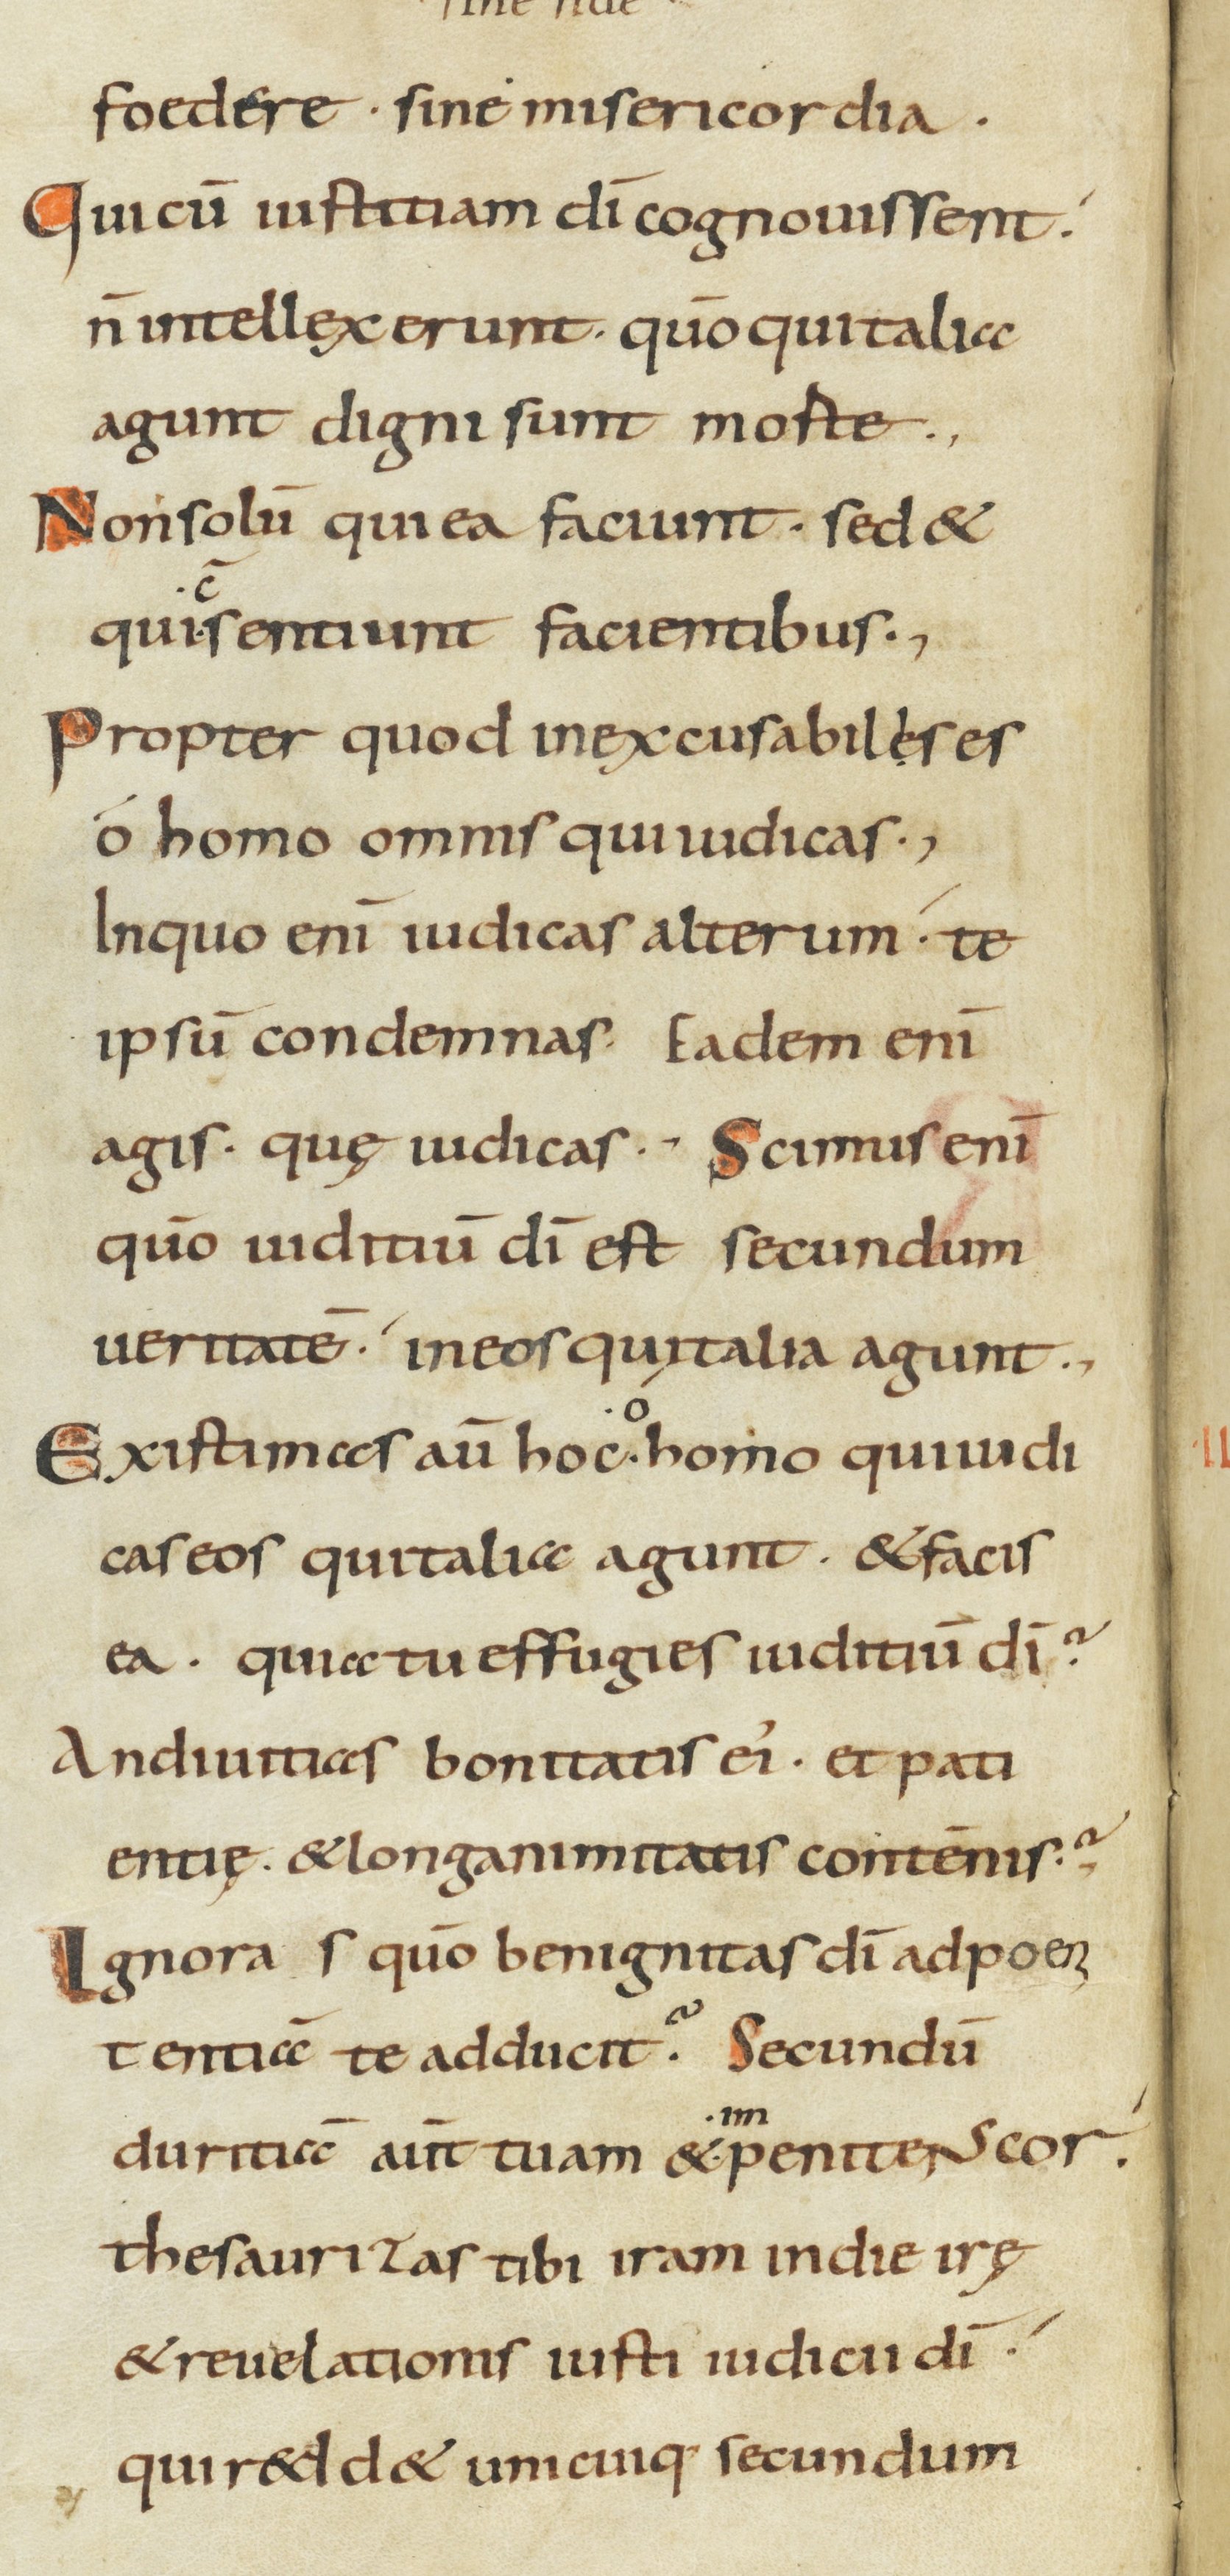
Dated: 800–899